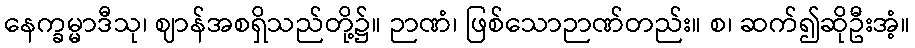
နေက္ခမ္မာဒီသု၊ ဈာန်အစရှိသည်တို့၌။ ဉာဏံ၊ ဖြစ်သောဉာဏ်တည်း။ စ၊ ဆက်၍ဆိုဦးအံ့။